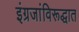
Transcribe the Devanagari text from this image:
इंग्रजांविरूद्धात